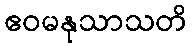
ဧဝမနုသာသတိ